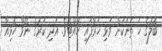
ބޮލުގެ ހަ ތަނަކަށް ވަޅި ހަރާފައި ހުއްޓެވެ. އަދި ކަރުގެ ނޭވާ ހޮޅިއާ